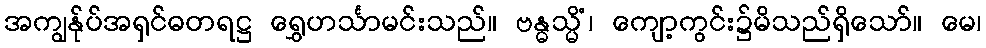
အကျွန်ုပ်အရှင်ဓတရဋ္ဌ ရွှေဟင်္သာမင်းသည်။ ဗန္ဓသ္မိံ၊ ကျော့ကွင်း၌မိသည်ရှိသော်။ မေ၊